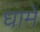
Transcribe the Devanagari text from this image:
धामें